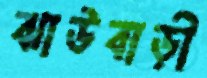
ঝাউবাড়ী